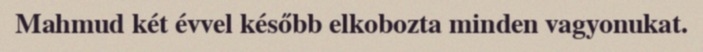
Mahmud két évvel később elkobozta minden vagyonukat.